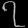
Digit: ၇